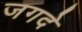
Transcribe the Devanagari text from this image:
जगदे